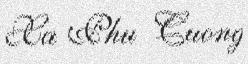
Xa Phu Cuong